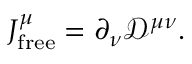
J _ { \mathrm { f r e e } } ^ { \mu } = \partial _ { \nu } { \mathcal { D } } ^ { \mu \nu } .